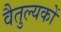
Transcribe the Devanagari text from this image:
वैतुल्यकों